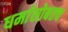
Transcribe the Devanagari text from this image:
धर्मासोबतच